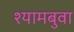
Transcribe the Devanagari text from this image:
श्यामबुवा